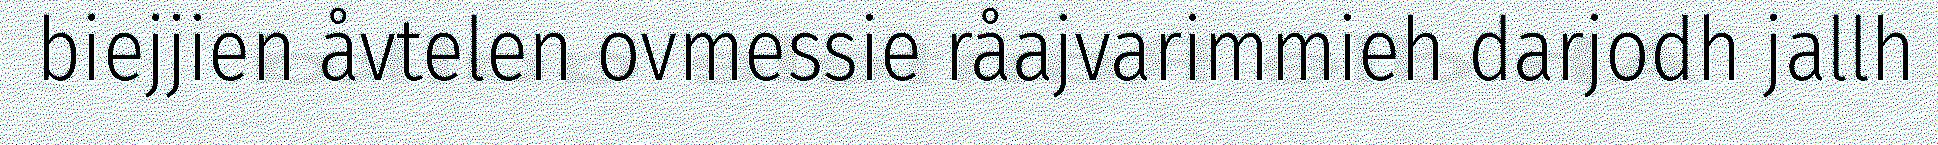
biejjien åvtelen ovmessie råajvarimmieh darjodh jallh